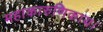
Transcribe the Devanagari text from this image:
महाकारुणिकाय।